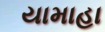
યામાહા